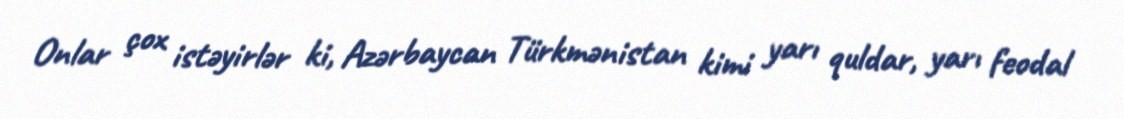
Onlar çox istəyirlər ki, Azərbaycan Türkmənistan kimi yarı quldar, yarı feodal